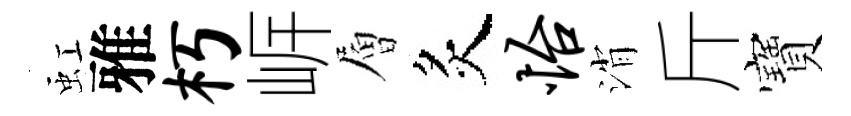
虹雅朽㟁層炙怡消斤寶